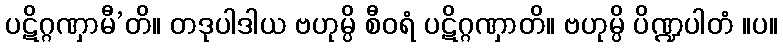
ပဋိဂ္ဂဏှာမီ’တိ။ တဒုပါဒါယ ဗဟုမ္ပိ စီဝရံ ပဋိဂ္ဂဏှာတိ။ ဗဟုမ္ပိ ပိဏ္ဍပါတံ ။ပ။